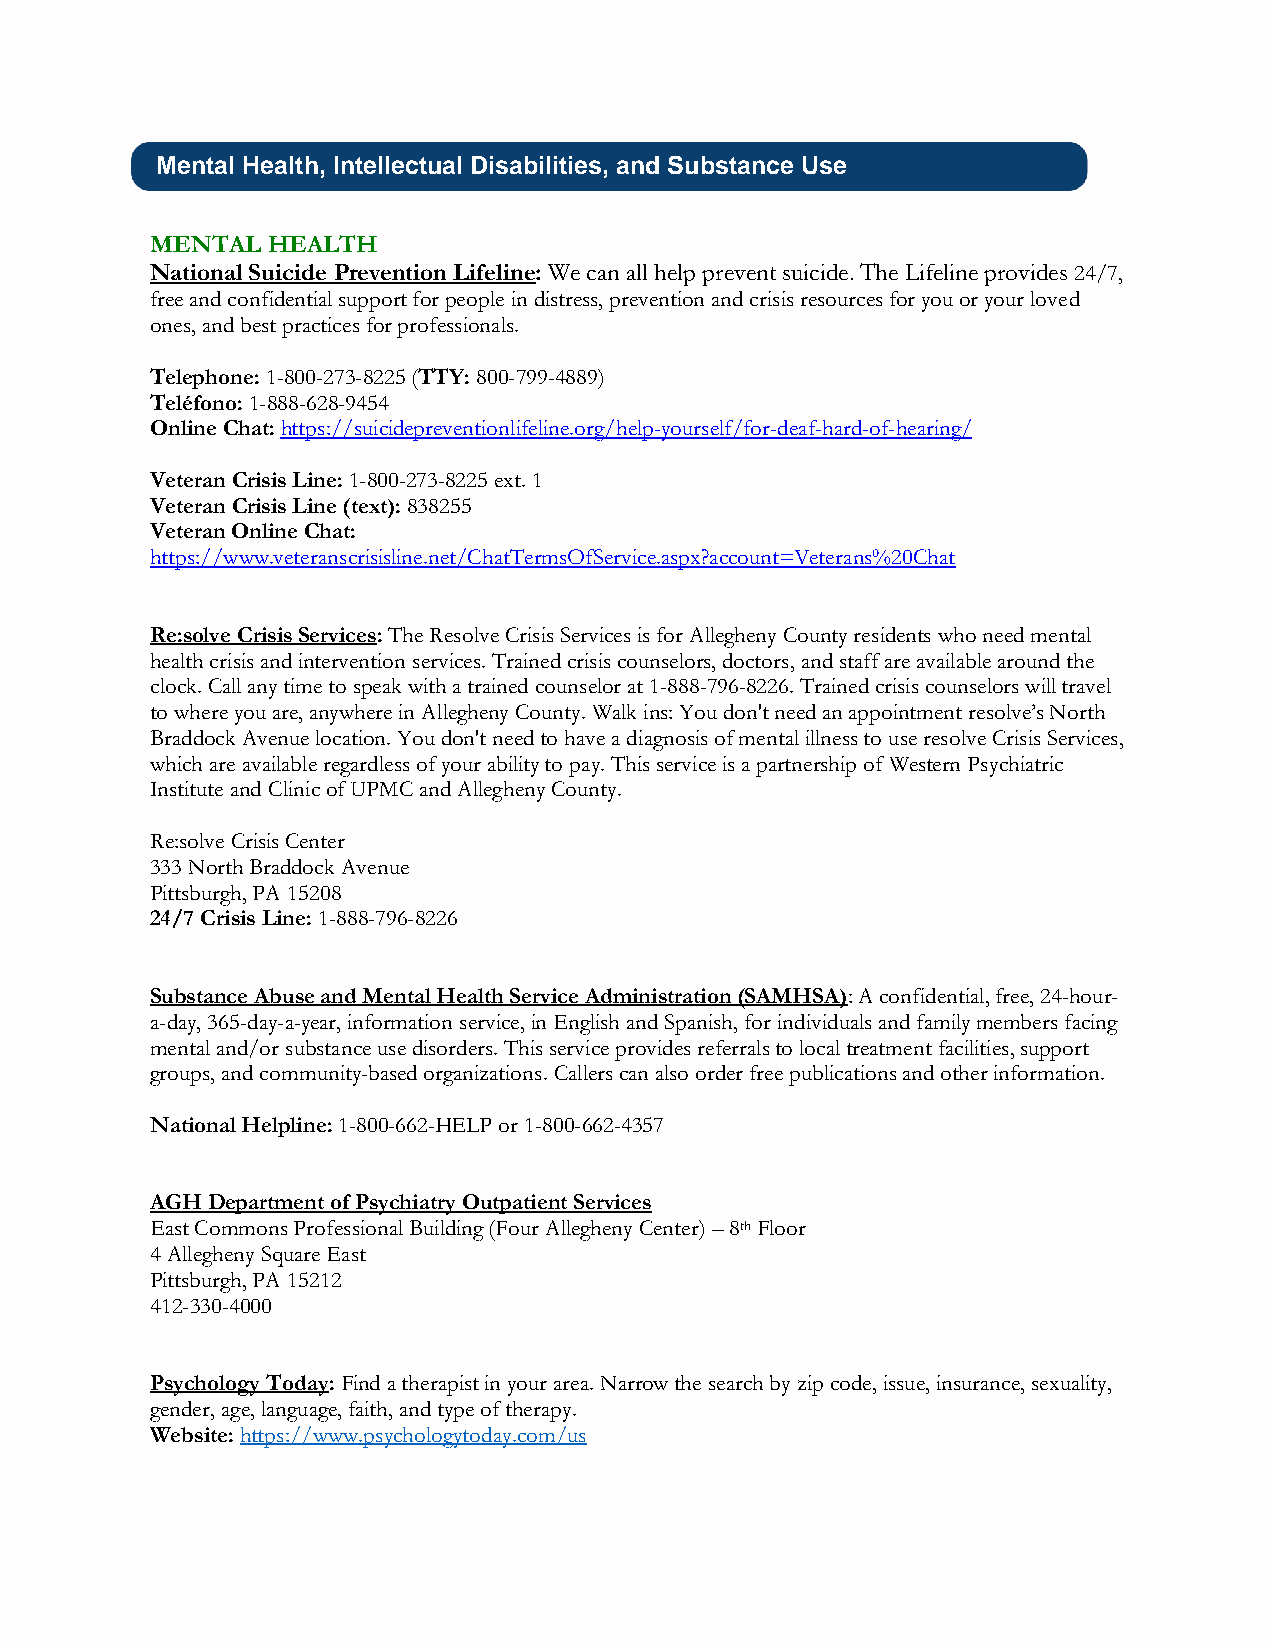
Mental Health, Intellectual Disabilities, and Substance Use
 MENTAL  HEALTH
 National Suicide Prevention Lifeline: We can all help prevent suicide. The Lifeline provides 24/7,
 free and confidential support for people in distress, prevention and crisis resources for you or your loved
 ones, and best practices for professionals.
 Telephone: 1-800-273-8225 (TTY: 800-799-4889)
 Teléfono: 1-888-628-9454
 Online Chat: https://suicidepreventionlifeline.org/help-yourself/for-deaf-hard-of-hearing/
 Veteran Crisis Line: 1-800-273-8225 ext. 1
 Veteran Crisis Line (text): 838255
 Veteran Online Chat:
 https://www.veteranscrisisline.net/ChatTermsOfService.aspx?account=Veterans%20Chat
 Re:solve Crisis Services: The Resolve Crisis Services is for Allegheny County residents who need mental
 health crisis and intervention services. Trained crisis counselors, doctors, and staff are available around the
 clock. Call any time to speak with a trained counselor at 1-888-796-8226. Trained crisis counselors will travel
 to where you are, anywhere in Allegheny County. Walk ins: You don't need an appointment resolve’s North
 Braddock Avenue location. You don't need to have a diagnosis of mental illness to use resolve Crisis Services,
 which are available regardless of your ability to pay. This service is a partnership of Western Psychiatric
 Institute and Clinic of UPMC and Allegheny County.
 Re:solve Crisis Center
 333 North Braddock Avenue
 Pittsburgh, PA 15208
 24/7 Crisis Line: 1-888-796-8226
 Substance Abuse and Mental Health Service Administration (SAMHSA): A confidential, free, 24-hour-
 a-day, 365-day-a-year, information service, in English and Spanish, for individuals and family members facing
 mental and/or substance use disorders. This service provides referrals to local treatment facilities, support
 groups, and community-based organizations. Callers can also order free publications and other information.
 National Helpline: 1-800-662-HELP or 1-800-662-4357
 AGH Department of Psychiatry Outpatient Services
 East Commons Professional Building (Four Allegheny Center) – 8th Floor
 4 Allegheny Square East
 Pittsburgh, PA 15212
 412-330-4000
 Psychology Today: Find a therapist in your area. Narrow the search by zip code, issue, insurance, sexuality,
 gender, age, language, faith, and type of therapy.
 Website: https://www.psychologytoday.com/us